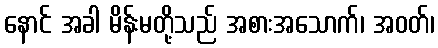
နောင် အခါ မိန်းမတို့သည် အစားအသောက်၊ အဝတ်၊